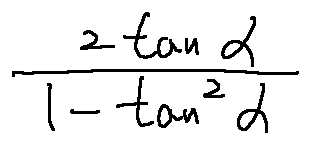
\frac { 2 \tan \alpha } { 1 - \tan ^ { 2 } \alpha }